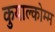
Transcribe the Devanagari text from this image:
कुयाल्कोम्म